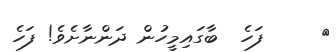
٥     ފަހެ  ބާގައިމީހުން ދަންނާށެވެ! ފަހެ